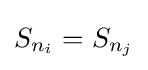
S_{n_{i}}=S_{n_{j}}